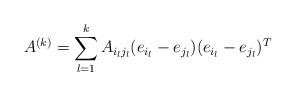
LaTeX: \begin{align*}A^{(k)}=\sum_{l=1}^{k}A_{i_{l}j_{l}}(e_{i_{l}}-e_{j_{l}})(e_{i_{l}}-e_{j_{l}})^{T}\end{align*}